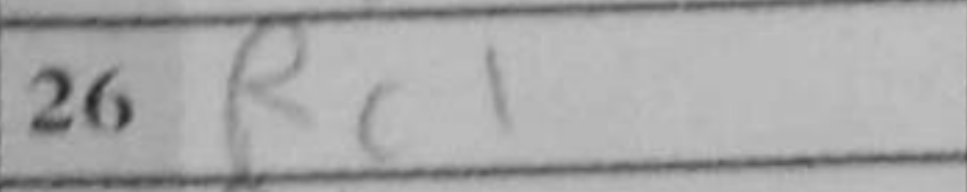
Transcription: Rc1